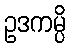
ဥဒကမ္ပိ